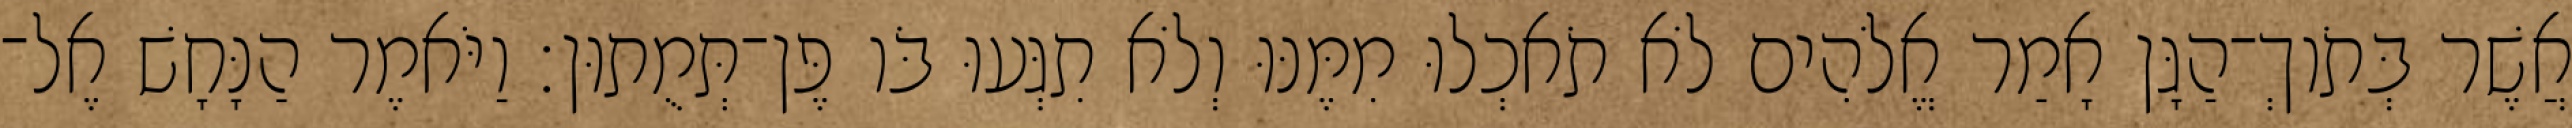
אֲשֶׁר בְּתֹוךְ־הַגָּן אָמַר אֱלֹהִים לֹא תֹאכְלוּ מִמֶּנּוּ וְלֹא תִגְּעוּ בֹּו פֶּן־תְּמֻתוּן׃ וַיֹּאמֶר הַנָּחָשׁ אֶל־